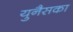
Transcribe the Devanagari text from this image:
युनैसका